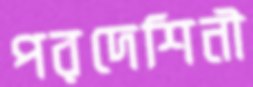
পরদেশিনী